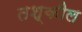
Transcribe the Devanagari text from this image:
तश्कील